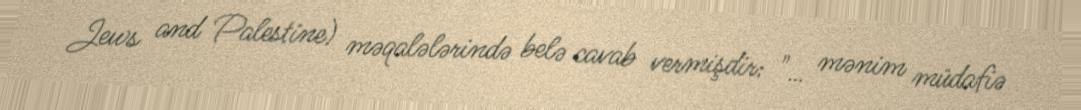
Jews and Palestine) məqalələrində belə cavab vermişdir: "… mənim müdafiə